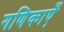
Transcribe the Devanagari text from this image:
गणिकाएँ